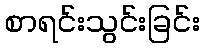
စာရင်းသွင်းခြင်း